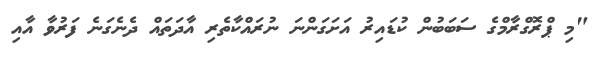
"މި ޕްރޮގްރާމްގެ ސަބަބުން ކުޑައިރު އަށަގަންނަ ނުރައްކާތެރި އާދަތައް ދެނެގަނެ ފަރުވާ އާއި